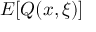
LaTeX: E [ Q ( x , \xi ) ]